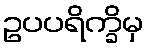
ဥပပရိက္ခိမှ